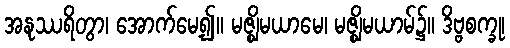
အနုဿရိတွာ၊ အောက်မေ့၍။ မဇ္ဈိမယာမေ၊ မဇ္ဈိမယာမ်၌။ ဒိဗ္ဗစက္ခု၊